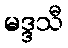
မဒ္ဒသီ